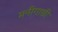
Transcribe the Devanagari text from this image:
मनीगाछी